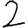
Digit: 2